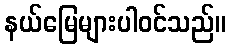
နယ်မြေများပါဝင်သည်။